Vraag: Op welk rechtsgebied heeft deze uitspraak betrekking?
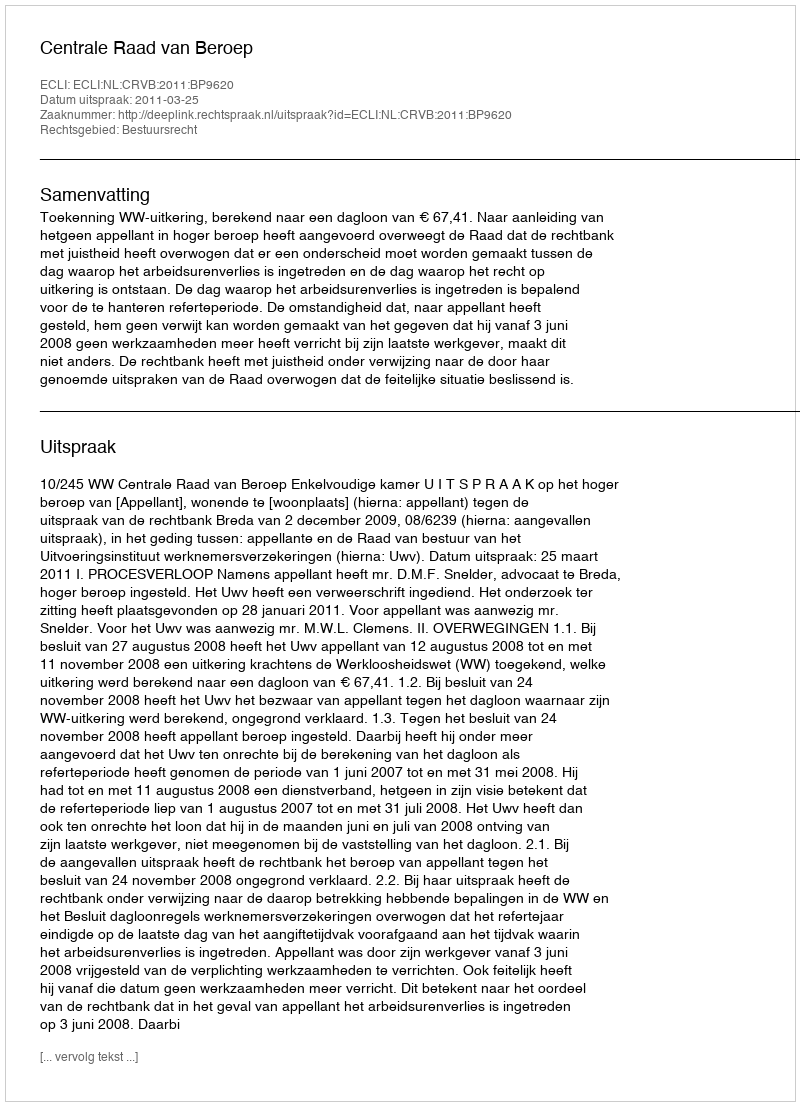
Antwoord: Bestuursrecht